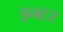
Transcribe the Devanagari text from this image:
इनटर